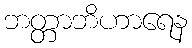
ဘတ္တာဘိဟာရေန